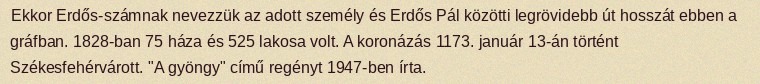
Ekkor Erdős-számnak nevezzük az adott személy és Erdős Pál közötti legrövidebb út hosszát ebben a gráfban. 1828-ban 75 háza és 525 lakosa volt. A koronázás 1173. január 13-án történt Székesfehérvárott. "A gyöngy" című regényt 1947-ben írta.